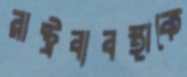
রাষ্ট্রব্যবস্থাকে